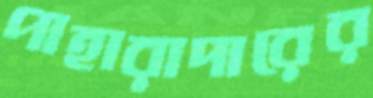
পাহারাদারের